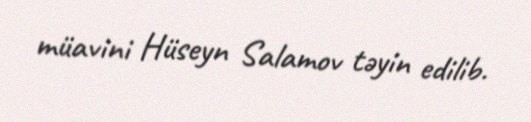
müavini Hüseyn Salamov təyin edilib.